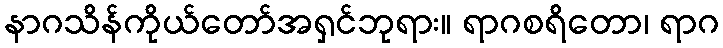
နာဂသိန်ကိုယ်တော်အရှင်ဘုရား။ ရာဂစရိတော၊ ရာဂ